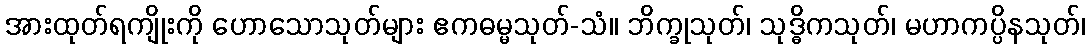
အားထုတ်ရကျိုးကို ဟောသောသုတ်များ ဧကဓမ္မသုတ်-သံ။ ဘိက္ခုသုတ်၊ သုဒ္ဓိကသုတ်၊ မဟာကပ္ပိနသုတ်၊